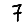
Digit: 7